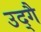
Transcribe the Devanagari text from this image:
उद्गै